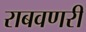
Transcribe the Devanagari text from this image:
राबवणरी